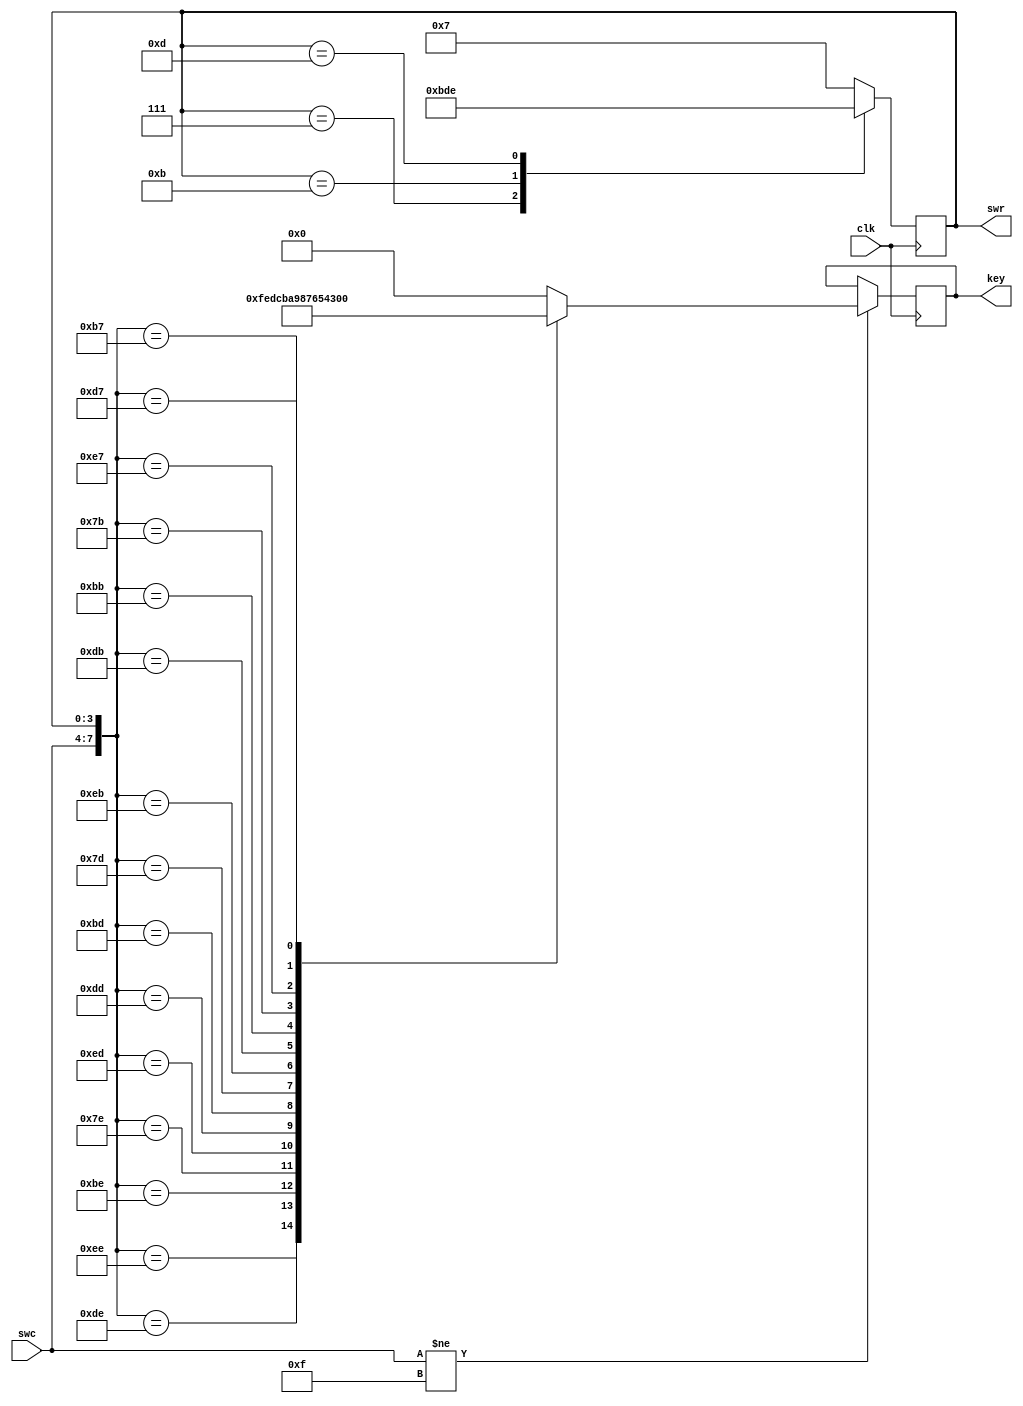
module keyboard4_4(swc,swr,clk,key);
input [3:0]swc;
input clk;
output [3:0] swr,key;
reg [3:0] swr,key;
always @(posedge clk)
begin
	case(swr)
	4'b0111:swr<=4'b1011;
	4'b1011:swr<=4'b1101;
	4'b1101:swr<=4'b1110;
	4'b1110:swr<=4'b0111;
	default:swr<=4'b0111;
	endcase
	end
always @(posedge clk)
begin
if(swc!=4'b1111)
		case({swc,swr})
			8'b1110_1110:key<=4'b1111;
			8'b1101_1110:key<=4'b1110;
			8'b1011_1110:key<=4'b1101;
			8'b0111_1110:key<=4'b1100;
			8'b1110_1101:key<=4'b1011;
			8'b1101_1101:key<=4'b1010;
			8'b1011_1101:key<=4'b1001;
			8'b0111_1101:key<=4'b1000;
			8'b1110_1011:key<=4'b0111;
			8'b1101_1011:key<=4'b0110;
			8'b1011_1011:key<=4'b0101;
			8'b0111_1011:key<=4'b0100;
			8'b1110_0111:key<=4'b0011;
			8'b1101_0111:key<=4'b0010;
			8'b1011_0111:key<=4'b0001;
			8'b0111_0111:key<=4'b0000;
			default:key<=4'b0000;
		endcase
end
endmodule